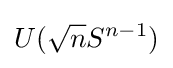
U({\sqrt {n}}S^{n-1})